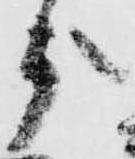
被